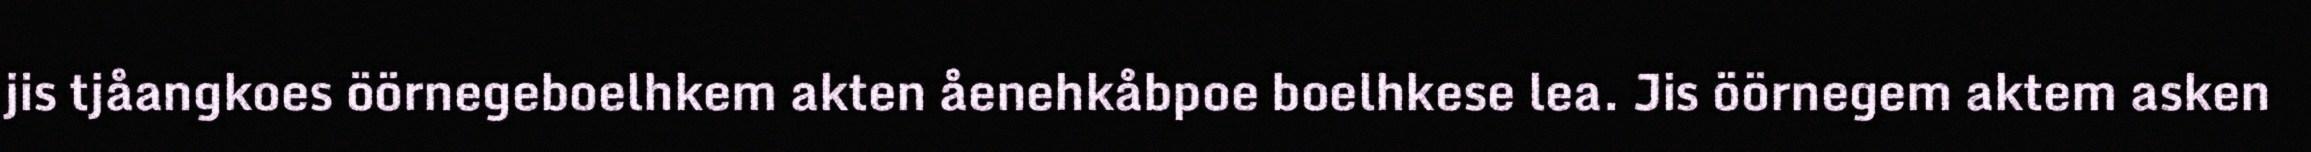
jis tjåangkoes öörnegeboelhkem akten åenehkåbpoe boelhkese lea. Jis öörnegem aktem asken